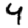
Digit: 4